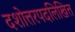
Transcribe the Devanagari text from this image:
दशोत्तरपदलिखित